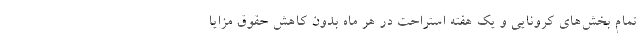
تمام بخش‌های کرونایی و یک هفته استراحت در هر ماه بدون کاهش حقوق مزایا